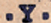
.Y.